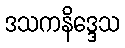
ဒသကနိဒ္ဒေသ